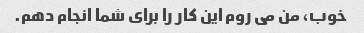
خوب، من می روم این کار را برای شما انجام دهم.